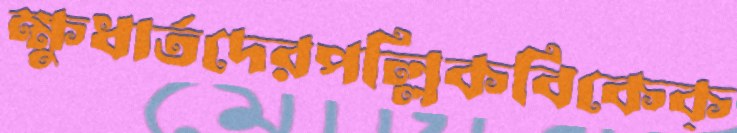
ক্ষুধার্তদেরপল্লিকবিকেক্